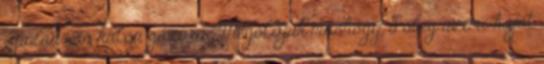
igazán van külön gázóra. Megoldjuk máshogy. Főleg üzemi kaját